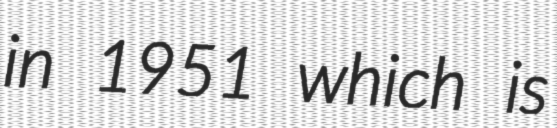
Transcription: in 1951 which is